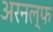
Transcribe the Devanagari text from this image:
अरनल्फ